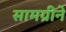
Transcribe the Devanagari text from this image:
सामग्रीने